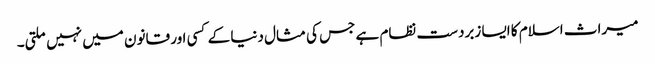
میراث اسلام کا ایسا زبردست نظام ہے جس کی مثال دنیا کے کسی اور قانون میں نہیں ملتی۔